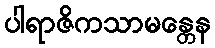
ပါရာဇိကသာမန္တေန